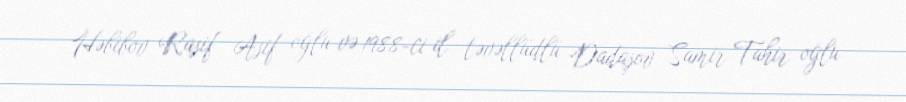
Həbibov Rasif Asif oğlu və 1988-ci il təvəllüdlü Dadaşov Samir Tahir oğlu